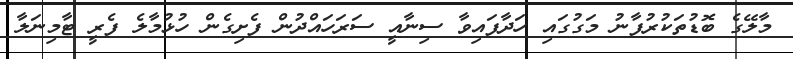
މާލޭގެ ބޮޑުތަކުރުފާނު މަގުގައި ހަދާފައިވާ ސިނާއީ ސަރަހައްދުން ފެށިގެން ހުޅުމާލެ ފެރީ ޓާމިނަލާ